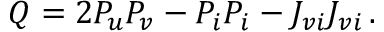
Q = 2 P _ { u } P _ { v } - P _ { i } P _ { i } - J _ { v i } J _ { v i } \, .